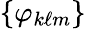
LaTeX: \{ \varphi_{k\ell m}\}